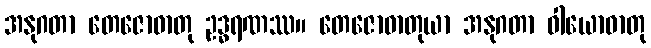
အနုဂတာ တေဇောဓာတု ဥဒ္ဓရဏဿ။ တေဇောဓာတုယာ အနုဂတာ ဝါယောဓာတု